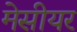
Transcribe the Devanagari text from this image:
मेसीयर